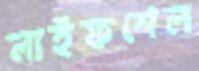
লাইফশেল